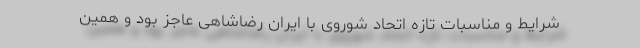
شرایط و مناسبات تازه اتحاد شوروی با ایران رضاشاهی عاجز بود و همین